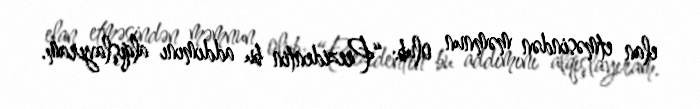
elan etməsindən məmnun olub: “Prezidentin bu addımını alqışlayıram.